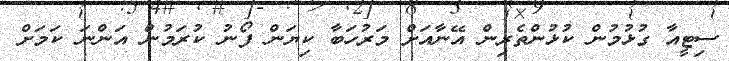
ސިޓީއާ ގުޅުމުން ކުޅުންތެރިން އޭނާއަށް މަރުހަބާ ކިޔަން ފޯނު ކުރަމުން އަންނަ ކަމަށް